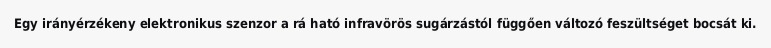
Egy irányérzékeny elektronikus szenzor a rá ható infravörös sugárzástól függően változó feszültséget bocsát ki.